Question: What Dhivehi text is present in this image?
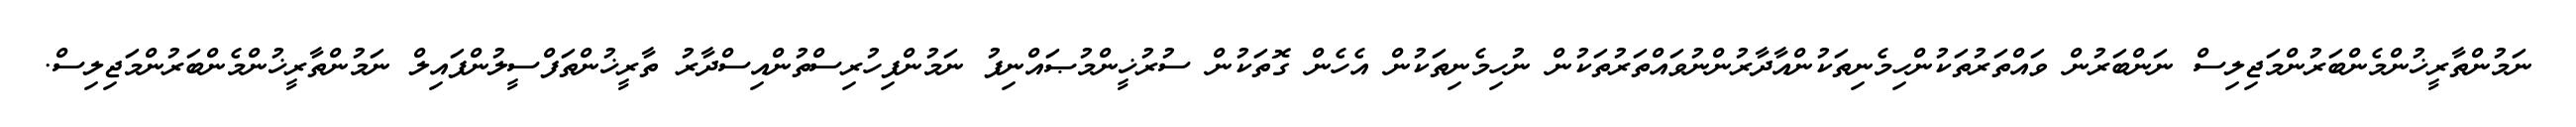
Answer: ނަމުންތާރީޚުންމެންބަރުންމަޖިލިސް ނަންބަރުން ވައްތަރުތަކުންހިމެނިތަކުންއާދާރުންނުވައްތަރުތަކުން ނުހިމެނިތަކުން އެހެން ގޮތަކުން ސުރުޚީންމުޞައްނިފު ނަމުންފިހުރިސްތުންއިސްދާރު ތާރީޚުންތަފްސީލުންފައިލް ނަމުންތާރީޚުންމެންބަރުންމަޖިލިސް.